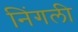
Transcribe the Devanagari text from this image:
निंगली